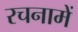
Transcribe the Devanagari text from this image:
रचनामें